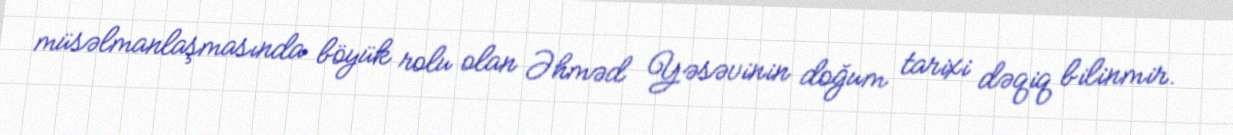
müsəlmanlaşmasında böyük rolu olan Əhməd Yəsəvinin doğum tarixi dəqiq bilinmir.